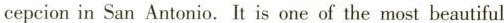
cepcion in San Antonio. It is one of the most beautiful